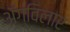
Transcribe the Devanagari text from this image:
अॅग्विलार